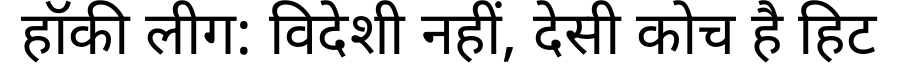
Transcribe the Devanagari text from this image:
हॉकी लीग: विदेशी नहीं, देसी कोच है हिट